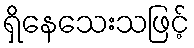
ရှိနေသေးသဖြင့်